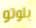
بلوتو